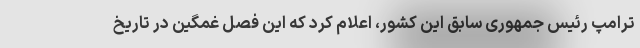
ترامپ رئیس جمهوری سابق این کشور، اعلام کرد که این فصل غمگین در تاریخ